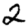
Digit: 2